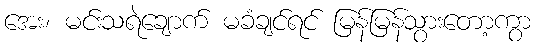
အေး၊ မင်းသရဲချောက် မခံချင်ရင် မြန်မြန်သွားတော့ကွာ